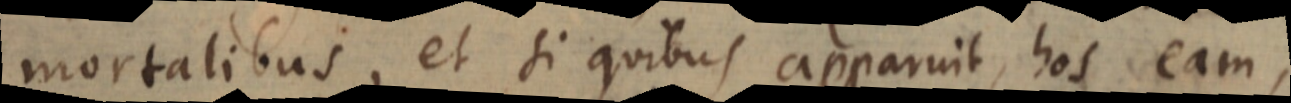
mortalibus, et si quibus apparuit, hos eam,